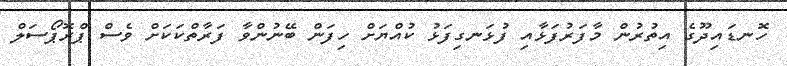
ހޮނޑައިދޫގެ އިތުރުން މާފަރުފަޅާއި ފުޅަނގިފަޅު ކުއްޔަށް ހިފަން ބޭނުންވާ ފަރާތްކަކަށް ވެސް ޕްރޮޕޯސަލް